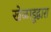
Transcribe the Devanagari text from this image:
खेळाडूद्वारा